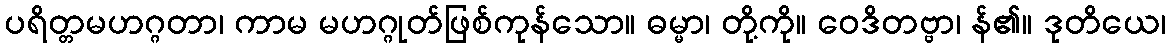
ပရိတ္တမဟဂ္ဂတာ၊ ကာမ မဟဂ္ဂုတ်ဖြစ်ကုန်သော။ ဓမ္မာ၊ တို့ကို။ ဝေဒိတဗ္ဗာ၊ န်၏။ ဒုတိယေ၊